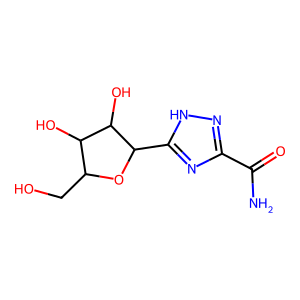
SMILES: NC(=O)c1n[nH]c(C2OC(CO)C(O)C2O)n1
Inhibits HIV replication: No